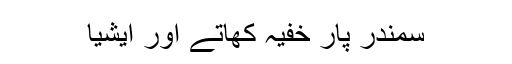
سمندر پار خفیہ کھاتے اور ایشیا